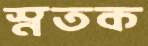
স্নতক